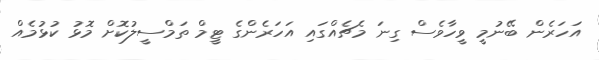
އަހަރެން ބޭނުމީ ވީހާވެސް ގިނަ މެޗެއްގައި އަހަރެންގެ ޓީމް ތަމްސީލުކޮށް މޮޅު ކުޅުމެއް